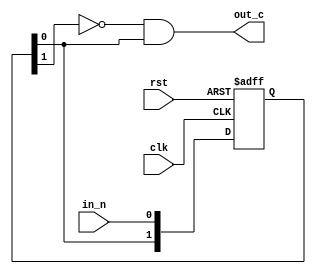
module debouncer(clk, rst, in_n, out_c);
  input clk, rst, in_n;
  output out_c;

  reg [1:0] mid;

  always@(posedge clk or posedge rst)
    begin
      if(rst)
        begin
          mid <= 2'b0;
        end
      else
        begin
          mid <= {mid[0], in_n};
        end
    end

  assign out_c = (~mid[1]) & mid[0]; //rising edge

endmodule